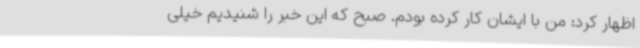
اظهار کرد: من با ایشان کار کرده بودم. صبح که این خبر را شنیدیم خیلی